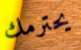
يحترمك